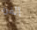
الفرد